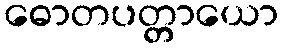
ဓောတပတ္တာယော